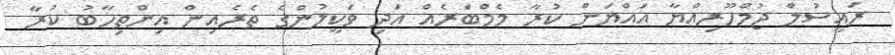
ރައީސުލް ޖުމްހޫރިއްޔާ އައްޔަން ކުރާ މެމްބަރެއް އަދި ވަކީލުންގެ ތެރެއިން އިންތިހާބު ކުރާ